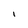
Character: I